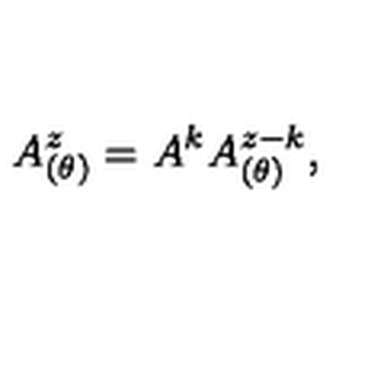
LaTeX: A _ { ( \theta ) } ^ { z } = A ^ { k } A _ { ( \theta ) } ^ { z - k } ,